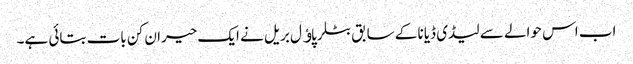
اب اس حوالے سے لیڈی ڈیانا کے سابق بٹلر پاﺅل بریل نے ایک حیران کن بات بتائی ہے۔